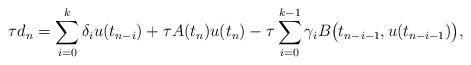
LaTeX: \begin{align*}\tau d_n=\sum\limits^k_{i=0}\delta_iu(t_{n-i}) + \tau A(t_n)u(t_n)- \tau \sum\limits^{k-1}_{i=0} \gamma_i B\big (t_{n-i-1},u(t_{n-i-1})\big ),\end{align*}